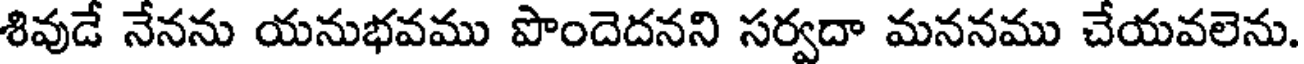
శివుడే నేనను యనుభవము పొందెదనని సర్వదా మననము చేయవలెను.